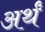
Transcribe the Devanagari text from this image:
अर्थं